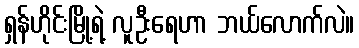
ရှန်ဟိုင်းမြို့ရဲ့ လူဦးရေဟာ ဘယ်လောက်လဲ။